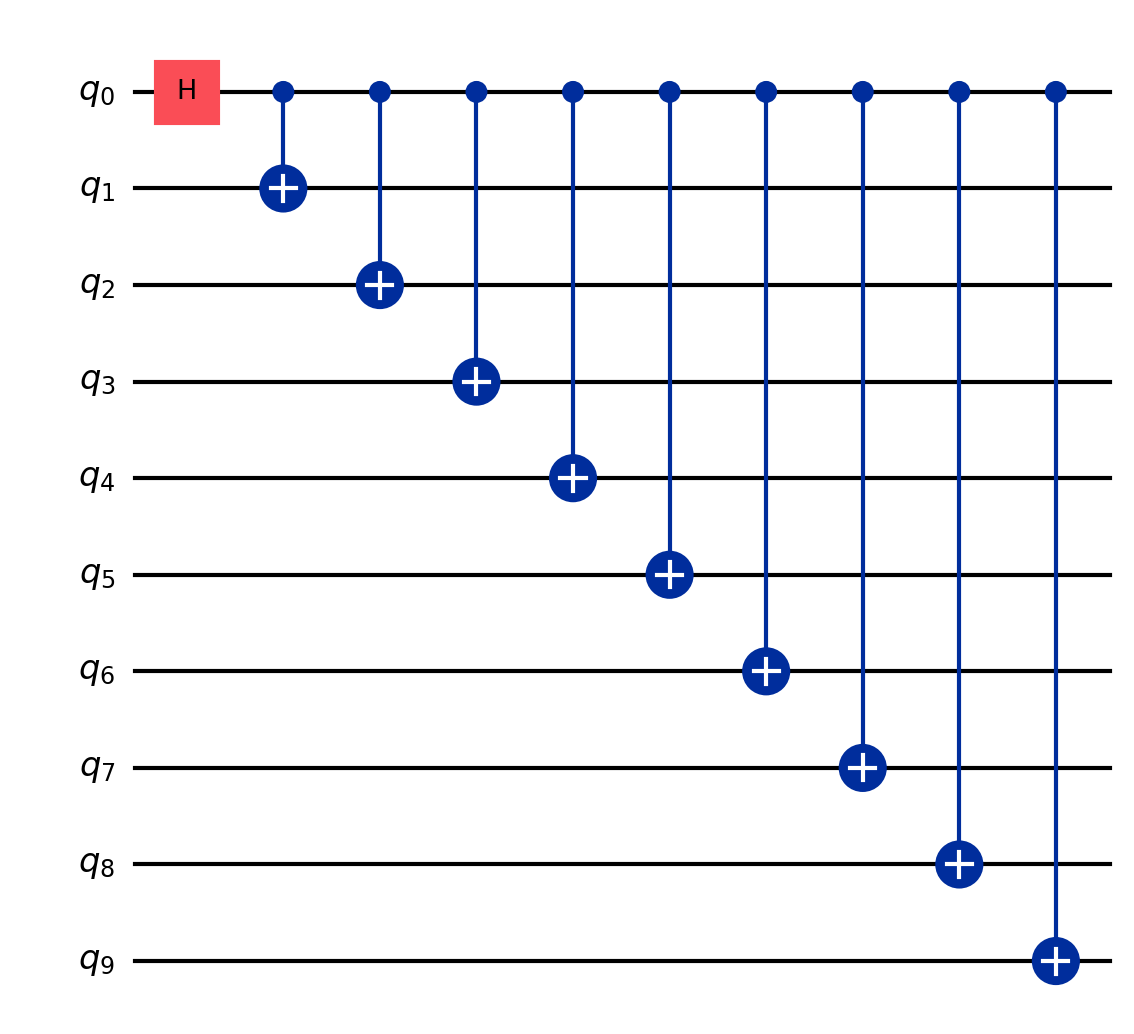
Description: 10-qubit GHZ state: largest circuit in benchmark
描述: 10量子比特GHZ态：基准中最大的电路
Category: qubit_scaling (difficulty: intermediate)
Qubits: 10, circuit depth: 10

Braket implementation:
from braket.circuits import Circuit
circuit = Circuit()
circuit.h(0)
for i in range(1, 10):
    circuit.cnot(0, i)